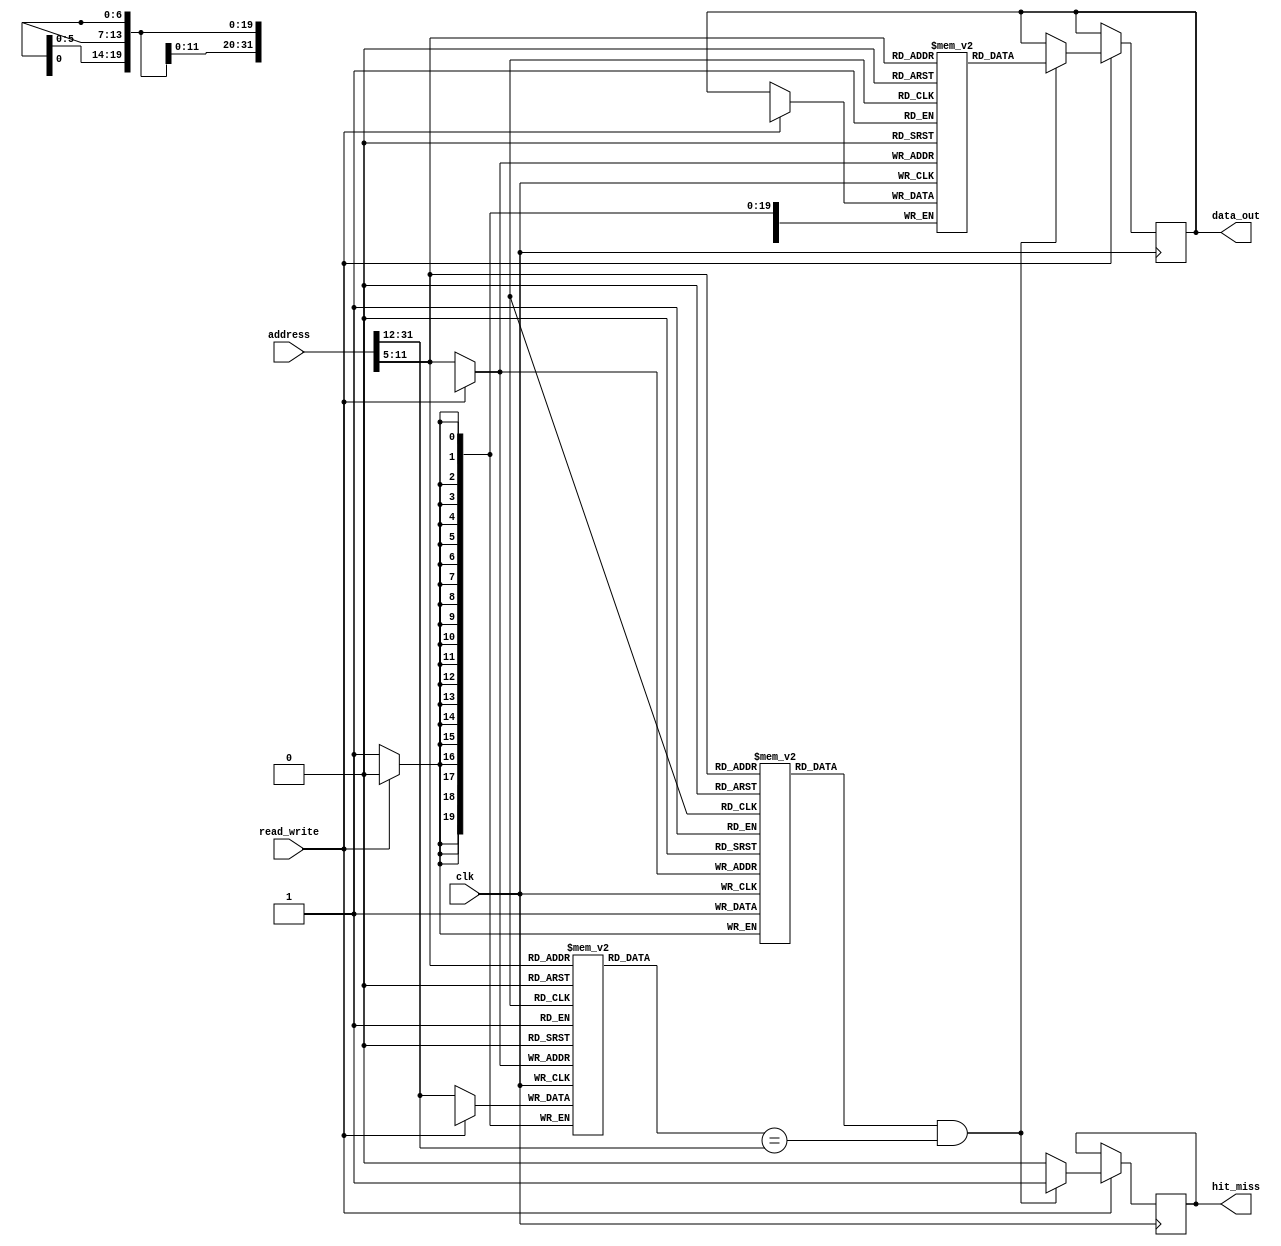
module InstructionCache #(
    parameter CACHE_SIZE = 4096,       // Total Cache size in bytes
    parameter BLOCK_SIZE = 32,          // Block size in bytes
    parameter SETS = CACHE_SIZE / BLOCK_SIZE // Number of sets in cache
) (
    input  wire [31:0] address,         // Instruction address from CPU
    input  wire read_write,              // 1 for Read, 0 for Write
    input  wire clk,                     // Clock signal
    output reg  [31:0] data_out,        // Data output to CPU
    output reg  hit_miss                 // Hit indicator (1 for hit, 0 for miss)
);

    // Cache parameters
    localparam BLOCK_OFFSET_BITS = $clog2(BLOCK_SIZE);
    localparam SET_INDEX_BITS = $clog2(SETS);
    localparam TAG_BITS = 32 - (BLOCK_OFFSET_BITS + SET_INDEX_BITS);

    // Cache arrays
    reg [31:0] cache_data [0:SETS-1];    // Actual data for each cache line
    reg [TAG_BITS-1:0] tag_array [0:SETS-1]; // Tag for each cache line
    reg valid_bits [0:SETS-1];            // Valid bit for each cache line

    // Internal variables for decoding the address
    wire [BLOCK_OFFSET_BITS-1:0] block_offset = address[BLOCK_OFFSET_BITS-1:0];
    wire [SET_INDEX_BITS-1:0] set_index = address[BLOCK_OFFSET_BITS +: SET_INDEX_BITS];
    wire [TAG_BITS-1:0] tag = address[31:BLOCK_OFFSET_BITS + SET_INDEX_BITS];

    always @(posedge clk) begin
        // Read operation
        if (read_write) begin
            if (valid_bits[set_index] && (tag_array[set_index] == tag)) begin
                // Cache hit
                data_out <= cache_data[set_index];
                hit_miss <= 1'b1;
            end else begin
                // Cache miss
                hit_miss <= 1'b0;
                // Here you would fetch the instruction from main memory
                // and store it in the cache. This part is simplified.
            end
        end else begin
            // Write operation
            // This example does not support write-through or write-back but
            // can be expanded upon.
            cache_data[set_index] <= data_out;  // Assuming we have data_out already
            tag_array[set_index] <= tag;
            valid_bits[set_index] <= 1'b1;       // Mark this entry as valid
        end
    end

    // Initialize cache on reset
    integer i;
    initial begin
        for (i = 0; i < SETS; i = i + 1) begin
            valid_bits[i] = 1'b0;              // Initialize valid bits to 0
            tag_array[i] = {TAG_BITS{1'b0}};   // Initialize tag to 0
            cache_data[i] = 32'b0;             // Initialize data to 0
        end
    end
endmodule